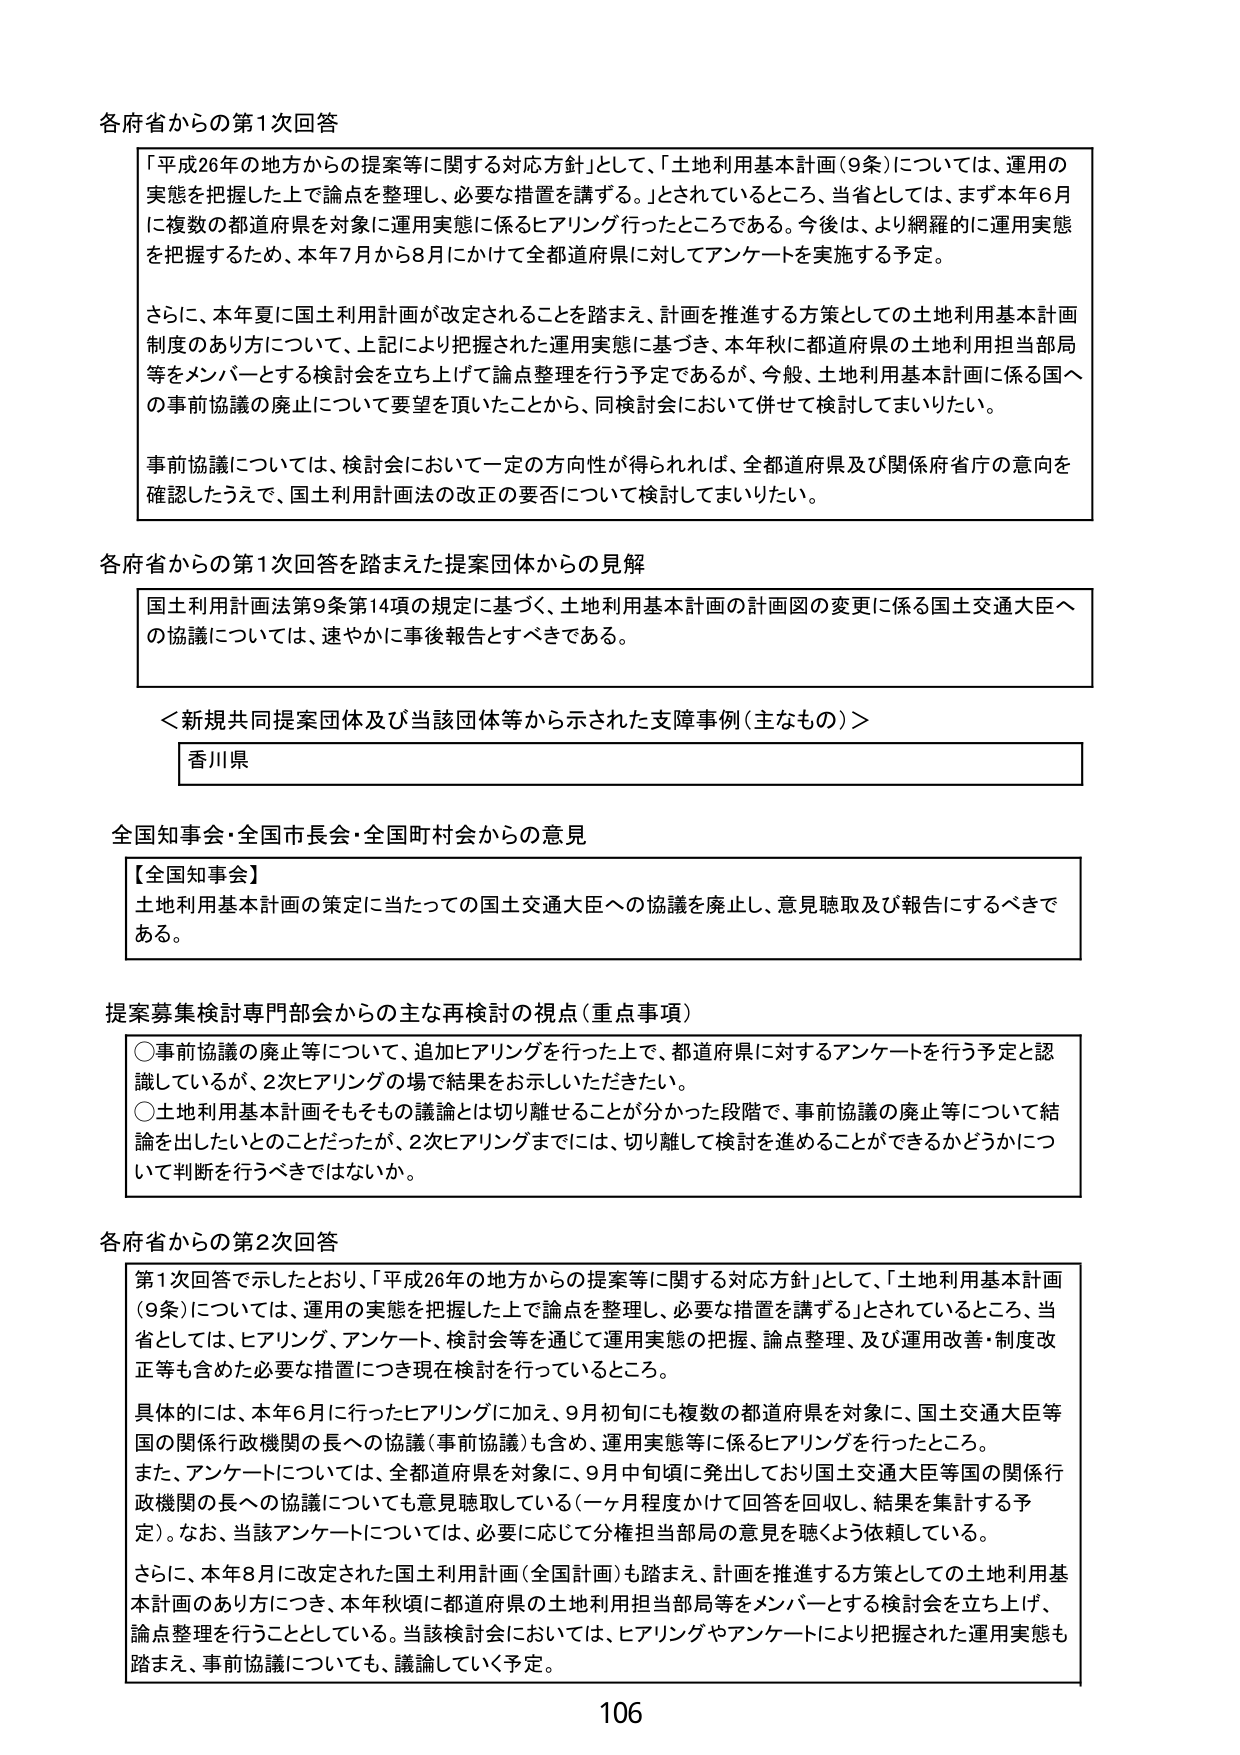
各府省からの第1次回答

「平成26年の地方からの提案等に関する対応方針」として、「土地利用基本計画（9条）については、運用の実態を把握した上で論点を整理し、必要な措置を講ずる。」とされているところ、当省としては、まず本年6月に複数の都道府県を対象に運用実態に係るヒアリング行ったところである。今後は、より網羅的に運用実態を把握するため、本年7月から8月にかけて全都道府県に対してアンケートを実施する予定。

さらに、本年夏に国土利用計画が改定されることを踏まえ、計画を推進する方策としての土地利用基本計画制度のあり方について、上記により把握された運用実態に基づき、本年秋に都道府県の土地利用担当部局等をメンバーとする検討会を立ち上げて論点整理を行う予定であるが、今般、土地利用基本計画に係る国への事前協議の廃止について要望を頂いたことから、同検討会において併せて検討してまいりたい。

事前協議については、検討会において一定の方向性が得られれば、全都道府県及び関係府省庁の意向を確認したうえで、国土利用計画法の改正の要否について検討してまいりたい。

各府省からの第1次回答を踏まえた提案団体からの見解

国土利用計画法第9条第14項の規定に基づく、土地利用基本計画の計画図の変更に係る国土交通大臣への協議については、速やかに事後報告とすべきである。

＜新規共同提案団体及び当該団体等から示された支援事例（主なもの）＞

香川県

全国知事会・全国市長会・全国町村会からの意見

【全国知事会】
土地利用基本計画の策定に当たっての国土交通大臣への協議を廃止し、意見聴取及び報告にするべきである。

提案募集検討専門部会からの主な再検討の視点（重点事項）

○事前協議の廃止等について、追加ヒアリングを行った上で、都道府県に対するアンケートを行う予定と認識しているが、2次ヒアリングの場で結果をお示しいただきたい。
○土地利用基本計画そもそもその議論とは切り離せることが分かった段階で、事前協議の廃止等について結論を出したいとのことだったが、2次ヒアリングまでには、切り離して検討を進めることができるかどうかについて判断を行うべきではないか。

各府省からの第2次回答

第1次回答で示したとおり、「平成26年の地方からの提案等に関する対応方針」として、「土地利用基本計画（9条）については、運用の実態を把握した上で論点を整理し、必要な措置を講ずる」とされているところ、当省としては、ヒアリング、アンケート、検討会等を通じて運用実態の把握、論点整理、及び運用改善・制度改正等も含めた必要な措置につき現在検討を行っているところ。

具体的には、本年6月に行ったヒアリングに加え、9月初旬にも複数の都道府県を対象に、国土交通大臣等国の関係行政機関の長への協議（事前協議）も含め、運用実態等に係るヒアリングを行ったところ。
また、アンケートについては、全都道府県を対象に、9月中旬頃に発出しており国土交通大臣等国の関係行政機関の長への協議についても意見聴取している（一ヶ月程度かけて回答を回収し、結果を集計する予定）。なお、当該アンケートについては、必要に応じて分権担当部局の意見を聴くよう依頼している。

さらに、本年8月に改定された国土利用計画（全国計画）も踏まえ、計画を推進する方策としての土地利用基本計画のあり方につき、本年秋頃に都道府県の土地利用担当部局等をメンバーとする検討会を立ち上げ、論点整理を行うこととしている。当該検討会においては、ヒアリングやアンケートにより把握された運用実態も踏まえ、事前協議についても、議論していく予定。

106